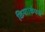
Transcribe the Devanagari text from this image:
किया।कंपनी